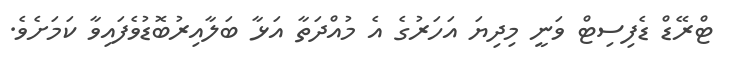
ޓްރޭޑް ޑެފިސިޓް ވަނީ މިދިޔަ އަހަރުގެ އެ މުއްދަތާ އަޅާ ބަލާއިރުބޮޑުވެފައިވާ ކަމަށެވެ.